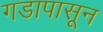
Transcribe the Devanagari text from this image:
गडापासून